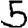
Digit: 5